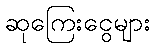
ဆုကြေးငွေများ